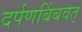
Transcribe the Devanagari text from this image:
दर्पणबिंबवत्